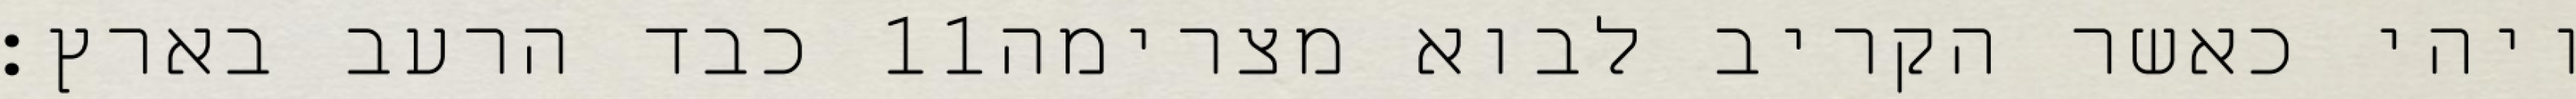
כבד הרעב בארץ׃ ‎11‏ ויהי כאשר הקריב לבוא מצרימה